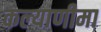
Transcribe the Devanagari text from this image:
कल्‍याणीमा